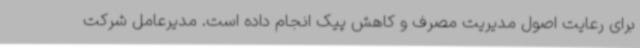
برای رعایت اصول مدیریت مصرف و کاهش پیک انجام داده است. مدیرعامل شرکت